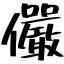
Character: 儼